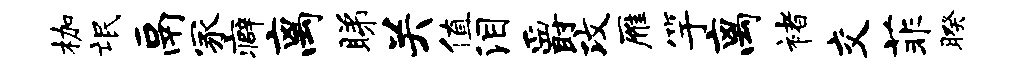
枷氓鬲冢癖离睇关值泪爵攻雁竽离褚交菲暌